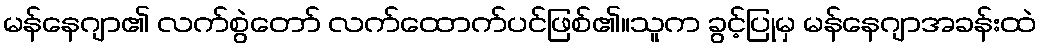
မန်နေဂျာ၏ လက်စွဲတော် လက်ထောက်ပင်ဖြစ်၏။သူက ခွင့်ပြုမှ မန်နေဂျာအခန်းထဲ